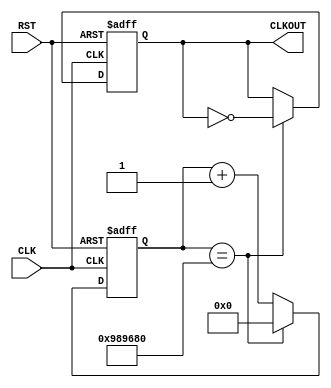
module ClkDiv_5Hz(
		CLK,
		RST,
		CLKOUT
);
   input            CLK;		
   input            RST;		
   output           CLKOUT;	
   reg CLKOUT;
   reg [23:0]       clkCount = 24'h000000;
   parameter [23:0] cntEndVal = 24'h989680;
		always @(posedge CLK or posedge RST)
			if (RST == 1'b1) begin
					CLKOUT <= 1'b0;
					clkCount <= 24'h000000;
			end
			else begin
					if (clkCount == cntEndVal) begin
						CLKOUT <= (~CLKOUT);
						clkCount <= 24'h000000;
					end
					else begin
						clkCount <= clkCount + 1'b1;
					end
			end
endmodule